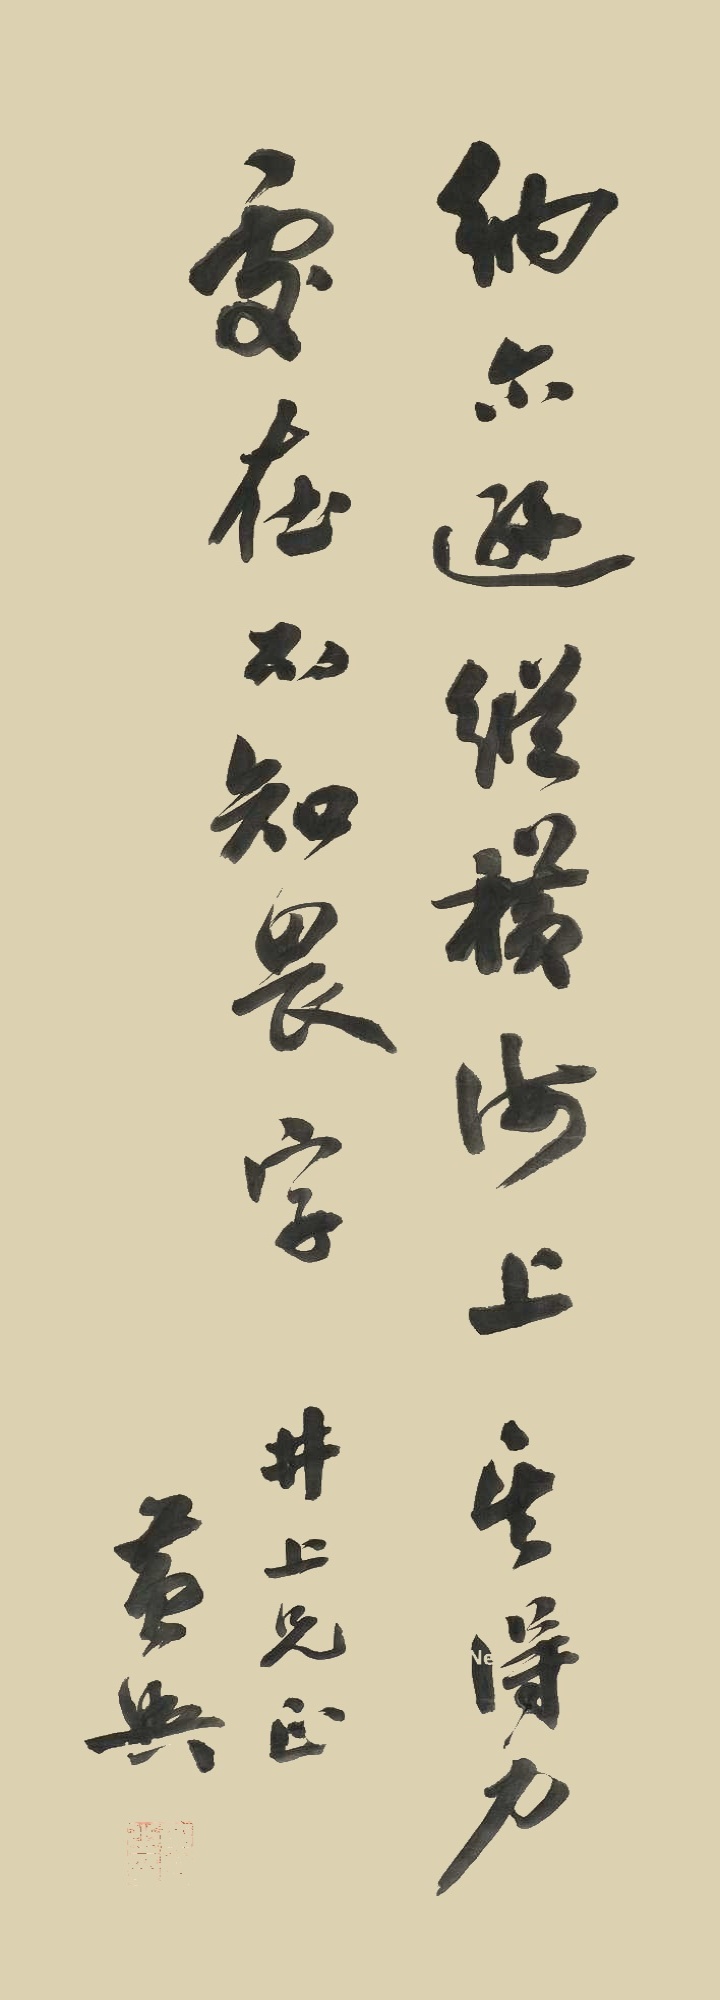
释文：纳尔逊纵横海上，其得力处在不知畏字。井上兄正，黄兴。